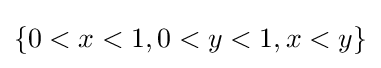
\{0<x<1,0<y<1,x<y\}